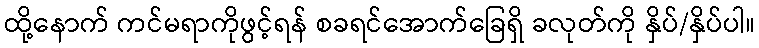
ထို့နောက် ကင်မရာကိုဖွင့်ရန် စခရင်အောက်ခြေရှိ ခလုတ်ကို နှိပ်/နှိပ်ပါ။